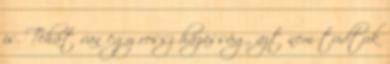
is. Tehát van egy rossz házasság, azt nem tudtuk